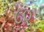
૮૦૫